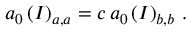
a _ { 0 } \left( I \right) _ { a , a } = c \, a _ { 0 } \left( I \right) _ { b , b } \, .